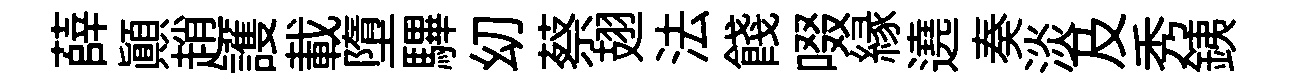
薛顚趙護載墮驆㓜蔡翅法餞啜縁遶奏淡及秀銕